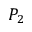
P _ { 2 }